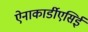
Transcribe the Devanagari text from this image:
ऐनाकार्डीएसिई